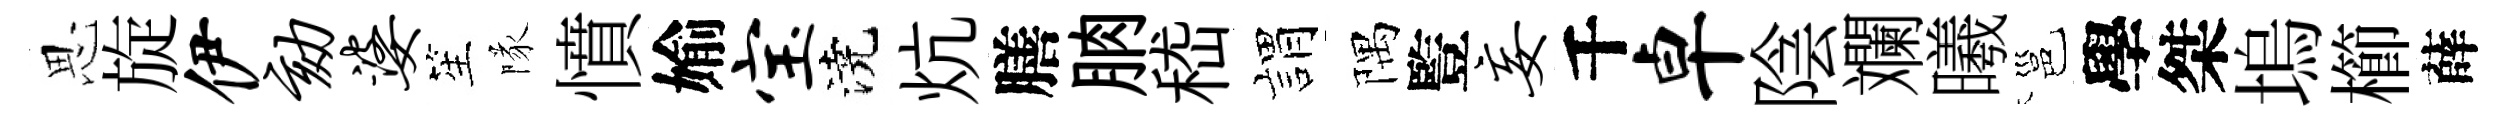
思旋伊劾婆笙隊憤媮宝澆炕膳朒嵇娟隅䜿妄千卓陰斕曦邕學桀塢櫛薛